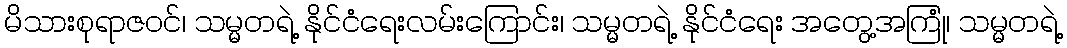
မိသားစုရာဇဝင်၊ သမ္မတရဲ့ နိုင်ငံရေးလမ်းကြောင်း၊ သမ္မတရဲ့ နိုင်ငံရေး အတွေ့အကြုံ၊ သမ္မတရဲ့